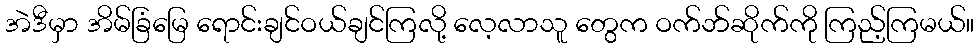
အဲဒီမှာ အိမ်ခြံမြေ ရောင်းချင်ဝယ်ချင်ကြလို့ လေ့လာသူ တွေက ဝက်ဘ်ဆိုက်ကို ကြည့်ကြမယ်။